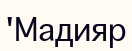
'Мадияр